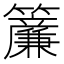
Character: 𬖄